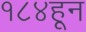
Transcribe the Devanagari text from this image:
१८४हून